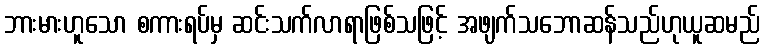
ဘားမားဟူသော စကားရပ်မှ ဆင်းသက်လာရာဖြစ်သဖြင့် အဖျက်သဘောဆန်သည်ဟုယူဆမည်